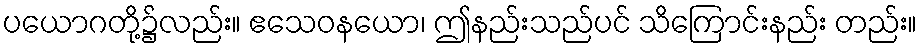
ပယောဂတို့၌လည်း။ ဧသေဝနယော၊ ဤနည်းသည်ပင် သိကြောင်းနည်း တည်း။